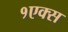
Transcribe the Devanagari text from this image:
१एक्स